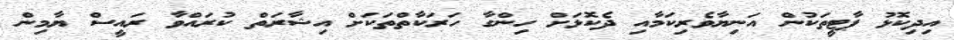
އިދިކޮޅު ޕާޓީތަކުން އަނިޔާވެރިކަމާއި ދެކޮޅަށް ހިންގާ ހަރަކާތްތަކަށް އިޝާރަތް ކުރައްވާ ރައީސް ޔާމިން